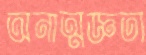
অনাত্মজ্ঞতা